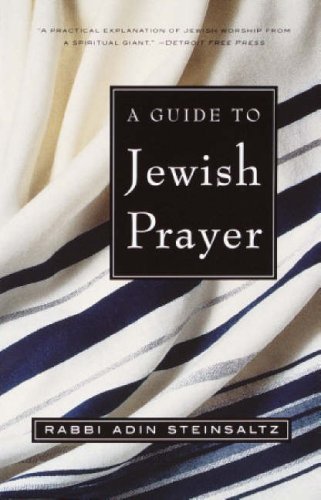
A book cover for A Guide to Jewish Prayer; Rabbi Adin Steinsaltz; Religion & Spirituality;